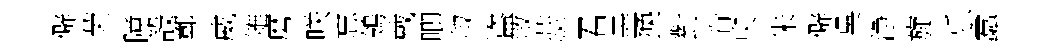
僻荣障設鄣威雉磨咲忘鴒戴唧叔盗敘蕊君盡换對眷臾朱僻吳浄旋乐蠧